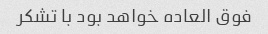
فوق العاده خواهد بود با تشکر